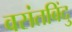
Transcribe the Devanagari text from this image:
वसंतबिंदु